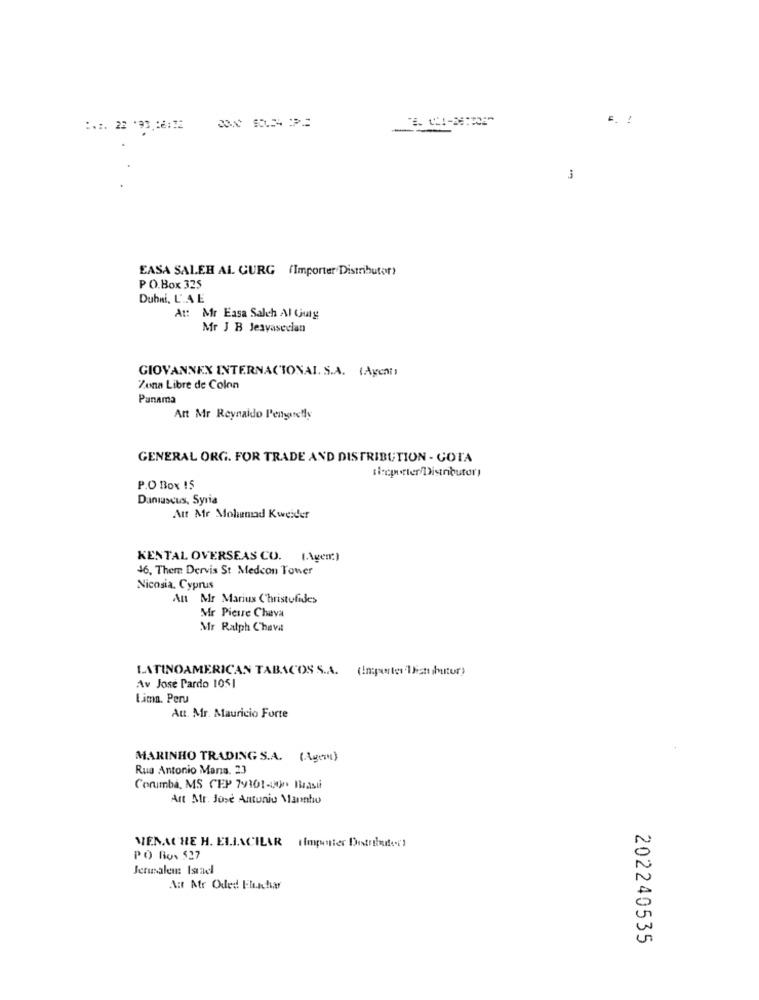
E . :
:*:. 22 '93,16:12
3
EASA SALEH AL CURG (Importer'Distributor)
PO.Box 325
Dubai, L'.A. E
At: Mr Easa Saleh Al Guty
Mr J B Jesvasecian
GIOVANNEX INTERNACIONAL. S.A. (Agent
Zona Libre de Colon
Panama
Art Mr Reynaldo Pengurelly
GENERAL ORG. FOR TRADE AND DISTRIBUTION - GOTA
ticporter/Distributor!
P.O Box 15
Daniuscus, Syria
Att Mr Mohamad Kweider
KENTAL OVERSEAS CO. (.Agent)
46, There Dervis St Medcon Tower
Nicosia, Cyprus
Ant Mr Marius Christofides
Mr Pierre Chava
Mr Ralph Chava
LATINOAMERICAN TABACOS S.A. (Importer'listsbutur)
Av Jose Pardo 1051
Lima, Peru
Att. Mr. Mauricio Forte
MARINHO TRADING S.A. (Agem)
Rua Antonio Mana. 23
Corumba, MS CEP 79101-10 Basti
Art Ar. Jose Antonio Marinho
MENACHE H. ELINCILAR Hmpunter Distribute.c'
PO Box 527
Jerusalem: Israel
Ait Atr Oded Elschar
202240535